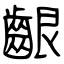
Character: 齦